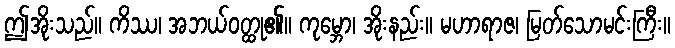
ဤအိုးသည်။ ကိဿ၊ အဘယ်ဝတ္ထု၏။ ကုမ္ဘော၊ အိုးနည်း။ မဟာရာဇ၊ မြတ်သောမင်းကြီး။